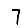
Digit: 7